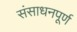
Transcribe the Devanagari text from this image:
संसाधनपूर्ण